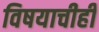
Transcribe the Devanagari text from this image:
विषयाचीही